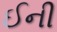
ઈની